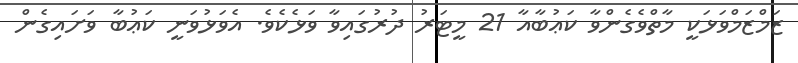
ޒަމްޒަމްވަޅަކީ މާތްވެގެންވާ ކަޢުބާއާ 21 މީޓަރު ދުރުގައިވާ ވަޅެކެވެ. އެވަޅުވަނީ ކަޢުބާ ވަށައިގެން